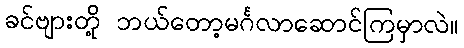
ခင်ဗျားတို့ ဘယ်တော့မင်္ဂလာဆောင်ကြမှာလဲ။